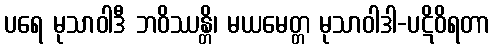
ပရေ မုသာဝါဒီ ဘဝိဿန္တိ၊ မယမေတ္တ မုသာဝါဒါ-ပဋိဝိရတာ